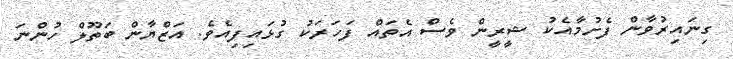
ގިނައިރުވާން ފެށުމާއެކު ޝީރީން ވެސް އެތައް ފަހަރަކު ގުޅައިފިއެވެ. އަޒްޔާން ބަތޫލް ހުންނަ